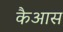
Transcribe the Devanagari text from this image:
कैआस